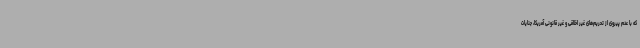
که با عدم پیروی از تحریم‌های غیر اخلاقی و غیر قانونی آمریکا، جنایات